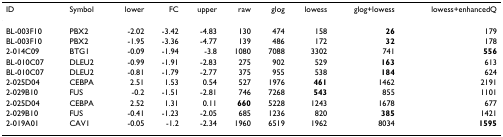
| ID | Symbol | lower | FC | upper | raw | glog | lowess | glog+lowess | lowess+enhancedQ |
 | --- | --- | --- | --- | --- | --- | --- | --- | --- | --- |
 | BL-003F10 | PBX2 | -2.02 | -3.42 | -4.83 | 130 | 474 | 158 | 26 | 179 |
 | BL-003F10 | PBX2 | -1.95 | -3.36 | -4.77 | 139 | 486 | 172 | 32 | 178 |
 | 2-014C09 | BTG1 | -0.09 | -1.94 | -3.8 | 1080 | 7088 | 3302 | 741 | 556 |
 | BL-010C07 | DLEU2 | -0.99 | -1.91 | -2.83 | 275 | 902 | 529 | 163 | 613 |
 | BL-010C07 | DLEU2 | -0.81 | -1.79 | -2.77 | 375 | 955 | 538 | 184 | 624 |
 | 2-025D04 | CEBPA | 2.51 | 1.53 | 0.54 | 527 | 1976 | 461 | 1462 | 2191 |
 | 2-029B10 | FUS | -0.2 | -1.51 | -2.81 | 746 | 7268 | 543 | 855 | 1101 |
 | 2-025D04 | CEBPA | 2.52 | 1.31 | 0.11 | 660 | 5228 | 1243 | 1678 | 677 |
 | 2-029B10 | FUS | -0.41 | -1.23 | -2.05 | 685 | 1236 | 820 | 385 | 1421 |
 | 2-019A01 | CAV1 | -0.05 | -1.2 | -2.34 | 1960 | 6519 | 1962 | 8034 | 1595 |